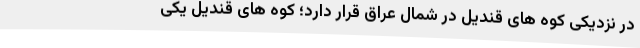
در نزدیکی کوه های قندیل در شمال عراق قرار دارد؛ کوه های قندیل یکی